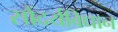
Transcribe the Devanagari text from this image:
सौंदर्यविधान